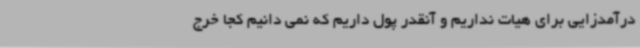
درآمدزایی برای هیات نداریم و آنقدر پول داریم که نمی دانیم کجا خرج